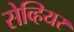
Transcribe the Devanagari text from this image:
सेव्हियर